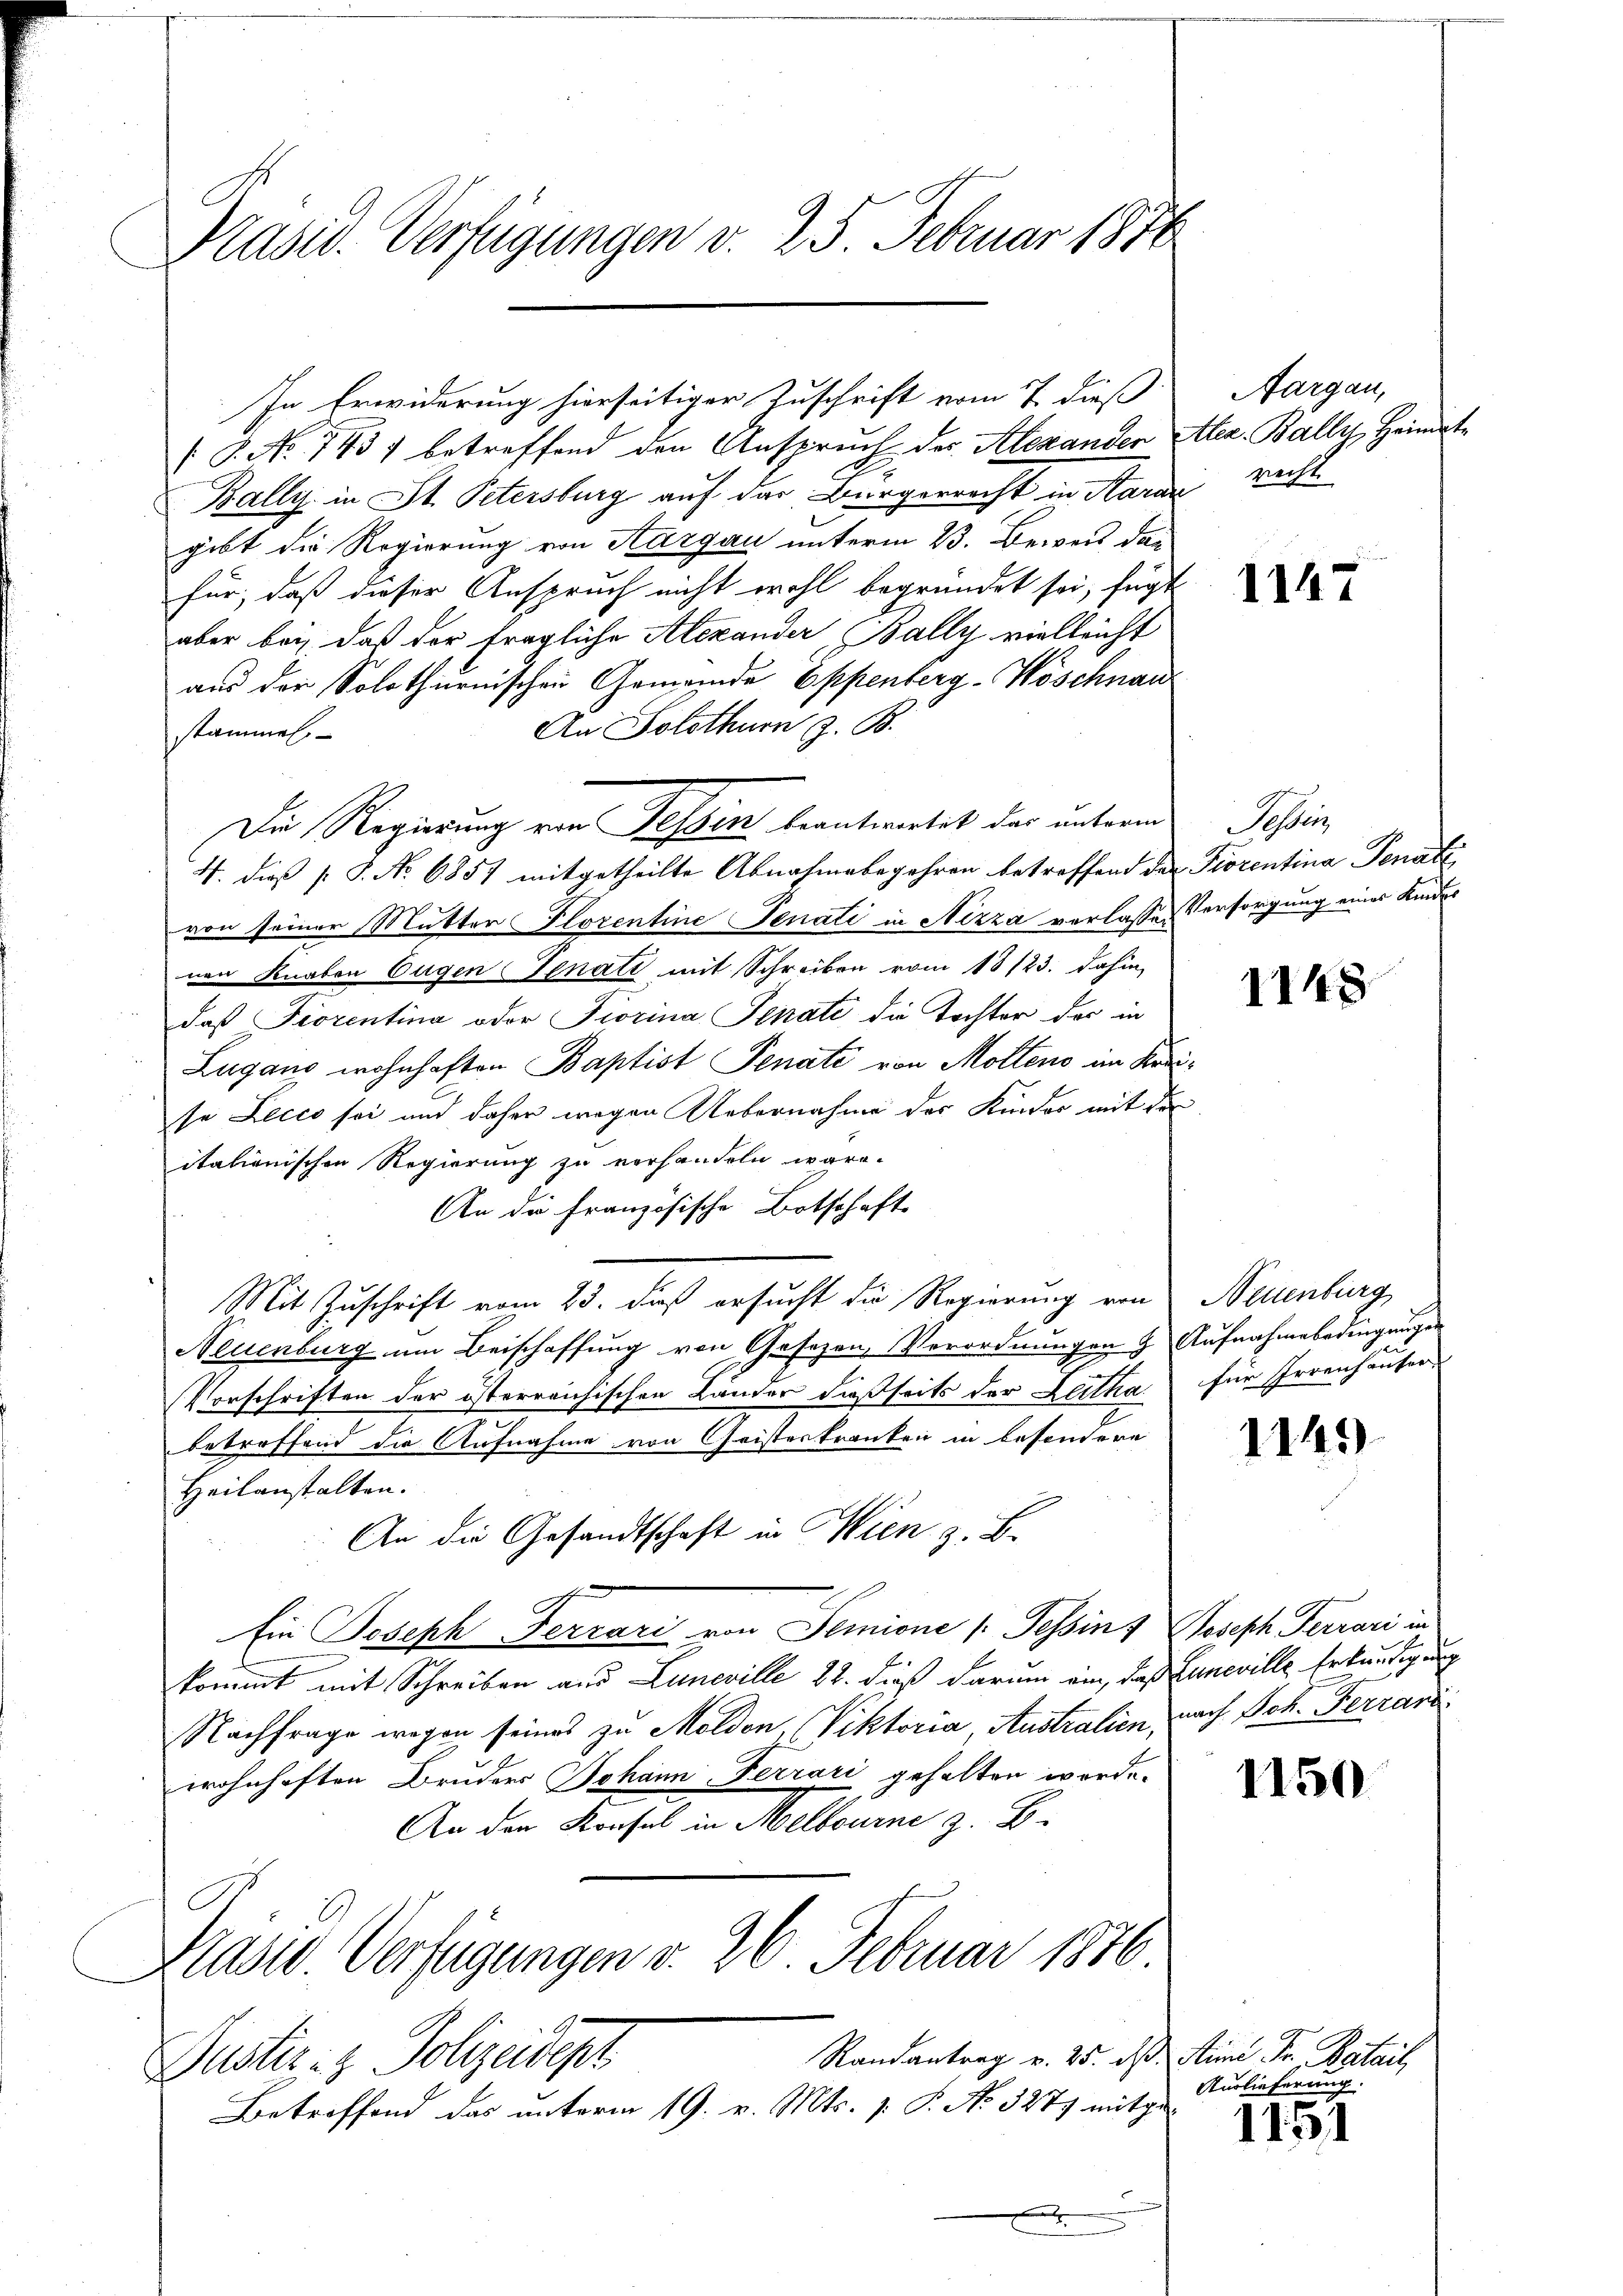
Präsid. Verfügungen v. 25. Februar 1876

In Erwiderung hierseitiger Zuschrift vom 7. dieß
/8. No 1437 betreffend den Anspruch der Alexanden ter. Bally, Heimat¬
Bally in St. Petersburg auf das Bürgerrecht in Karar
gibt die Regierung von Aargau unterm 23. Beweis das
für, daß dieser Anspruch nicht wohl begründet sei, fügt
aber bey, daß der fragliche Alexander Bally vielleicht
aus der Solothurnischen Gemeinde Eppenberg-Wöschnau
An Solothurn z. B.
stammen.
Die Regierung von Tessin beantwortet das unterm
4. dieß [S. No 6857 mitgetheilte Abnahmebegehren betreffend der
von seiner Mutter Florentine Senati in Nizza verlassen
nen Knaben Eugen-Senati mit Schreiben vom 13/23. dahin,
daß Fiorentina oder Fiorina Senate die Tochter der in
Lugang wohnhaften Baptist Senate von Molleno im Kre
se Lecco sei und daher wegen Uebernahme des Kinder mit der
itationischen Regierung zu verhandeln wäre.
An die Französische Botschaft
Mit Zuschrift vom 23. daß ersucht die Regierung von
Neuenburg um Beischaffung von Gesezen, Verordnungen & Aufnahmebedingungen
Vorschriften der österreichischen Länder dießseits der Zutha
betreffend die Aufnahme von Geisteskranken in besondere
Heilanstalten.
An die Gesandtschaft in Wien z. B.
Ein Joseph Ferrari von Semione (Tessins Joseph Ferrari in
kommt mit Schreiben aus Luneville 22. dieß darum ein, daß Zuneville Erkundigung
Nachfrage wegen seines zu Molden, (Viktoria Australien, nach Joh. Ferrari
wohnhaften Bruders Johann Ferrari gehalten werde.
An den Konsul in Melbourne z. B.
Präsid. Verfügungen v. 26. Februar 1876
Randantrag v. 25. ds. Anna Fr. Batail,
Justiz- & Polizeidept
Betreffend das unterm 19. v. Mts. v. P. No. 3277 mitge¬
.

Aargau,
recht.

1147

Aeber
Fiorentina Senate
Versorgung eines Kindes

1148

Neuenburg
für Irrenhausers

1149

1150

Aurlieferung.

1151